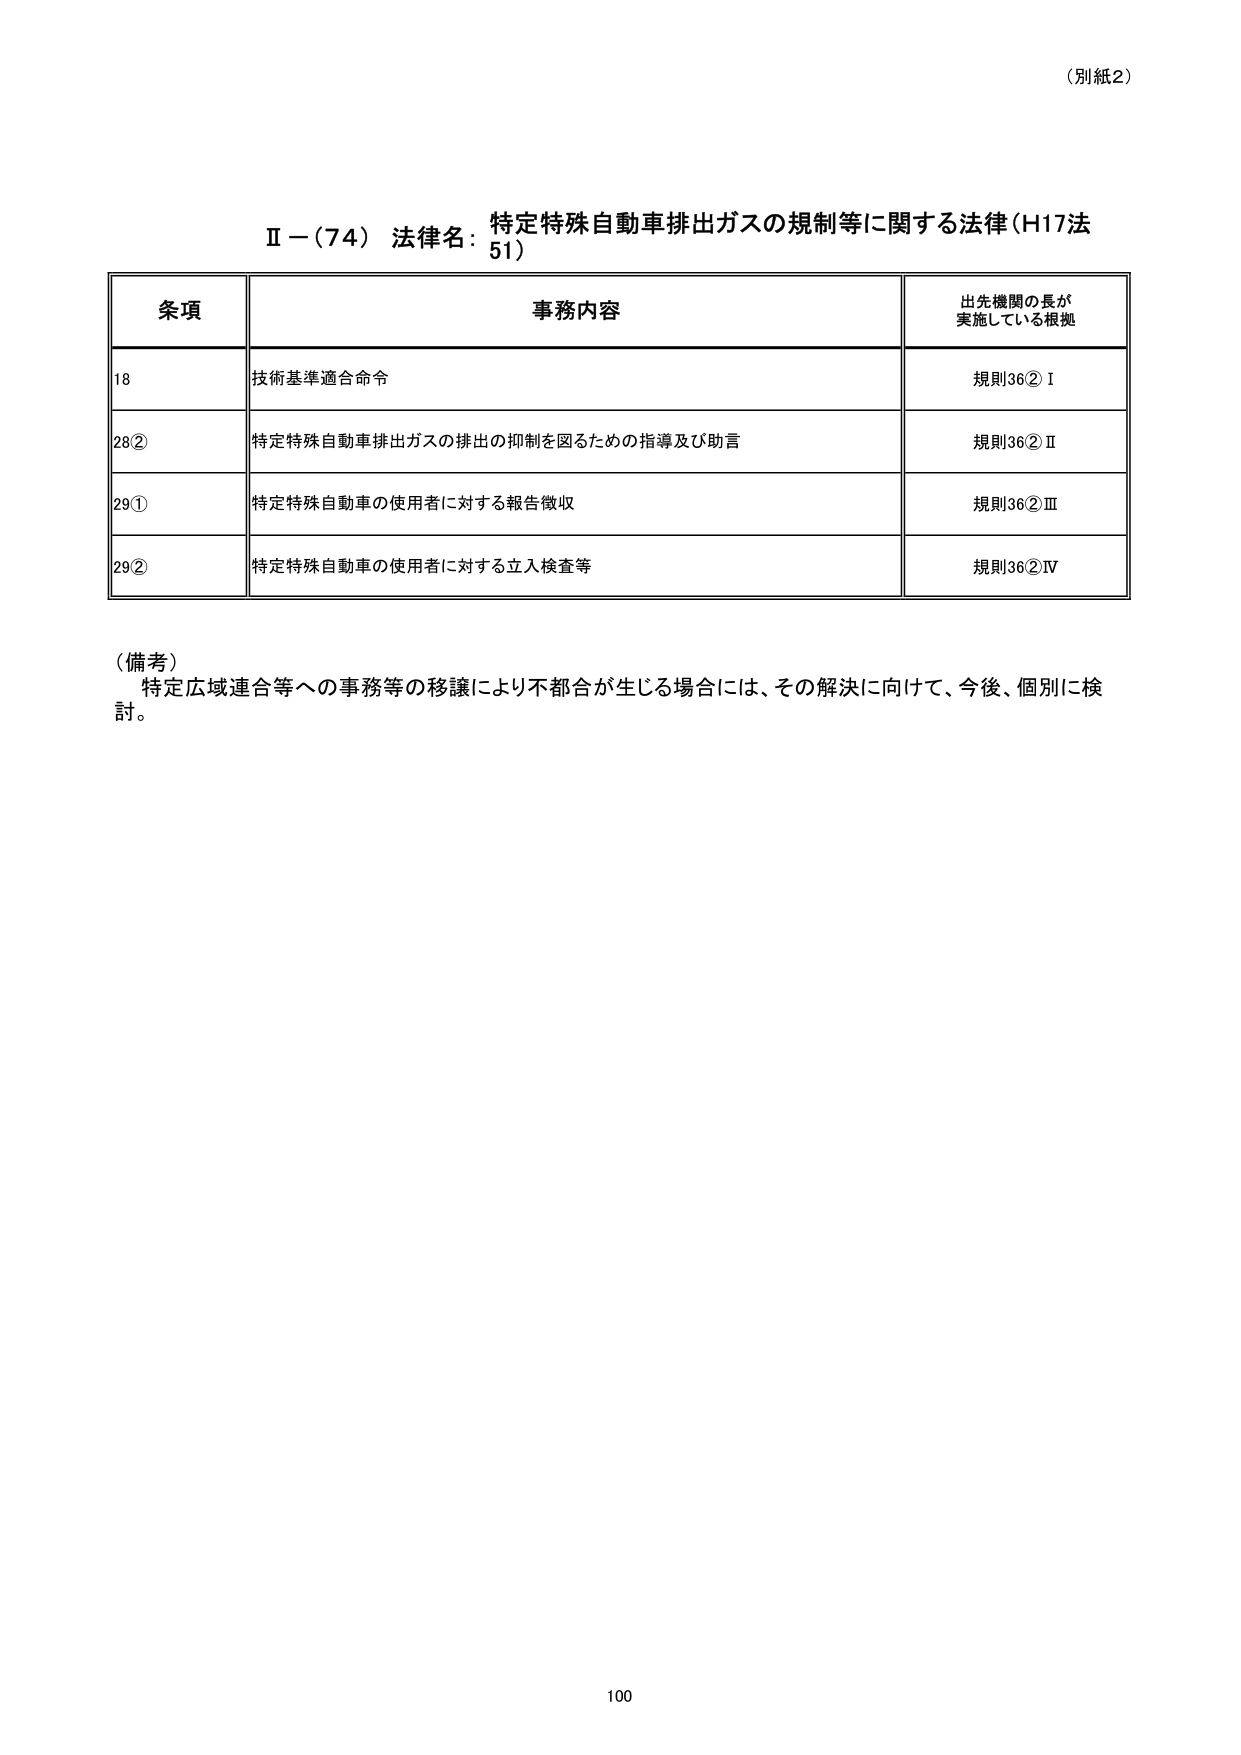
（別紙2）

Ⅱ－（74） 法律名：特定特殊自動車排出ガスの規制等に関する法律（H17法51）

条項 事務内容 出先機関の長が実施している根拠
18 技術基準適合命令 規則36②Ⅰ
28② 特定特殊自動車排出ガスの排出の抑制を図るための指導及び助言 規則36②Ⅱ
29① 特定特殊自動車の使用者に対する報告徴収 規則36②Ⅲ
29② 特定特殊自動車の使用者に対する立入検査等 規則36②Ⅳ

（備考）
特定広域連合等への事務等の移譲により不都合が生じる場合には、その解決に向けて、今後、個別に検討。

100